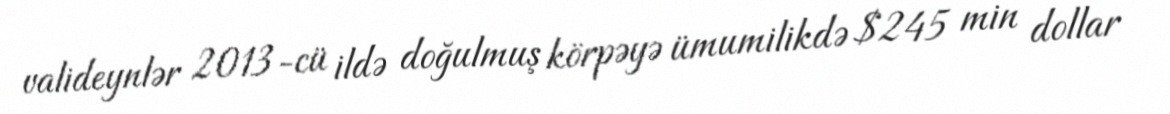
valideynlər 2013-cü ildə doğulmuş körpəyə ümumilikdə $245 min dollar